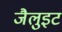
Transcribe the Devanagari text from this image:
जैलुइट